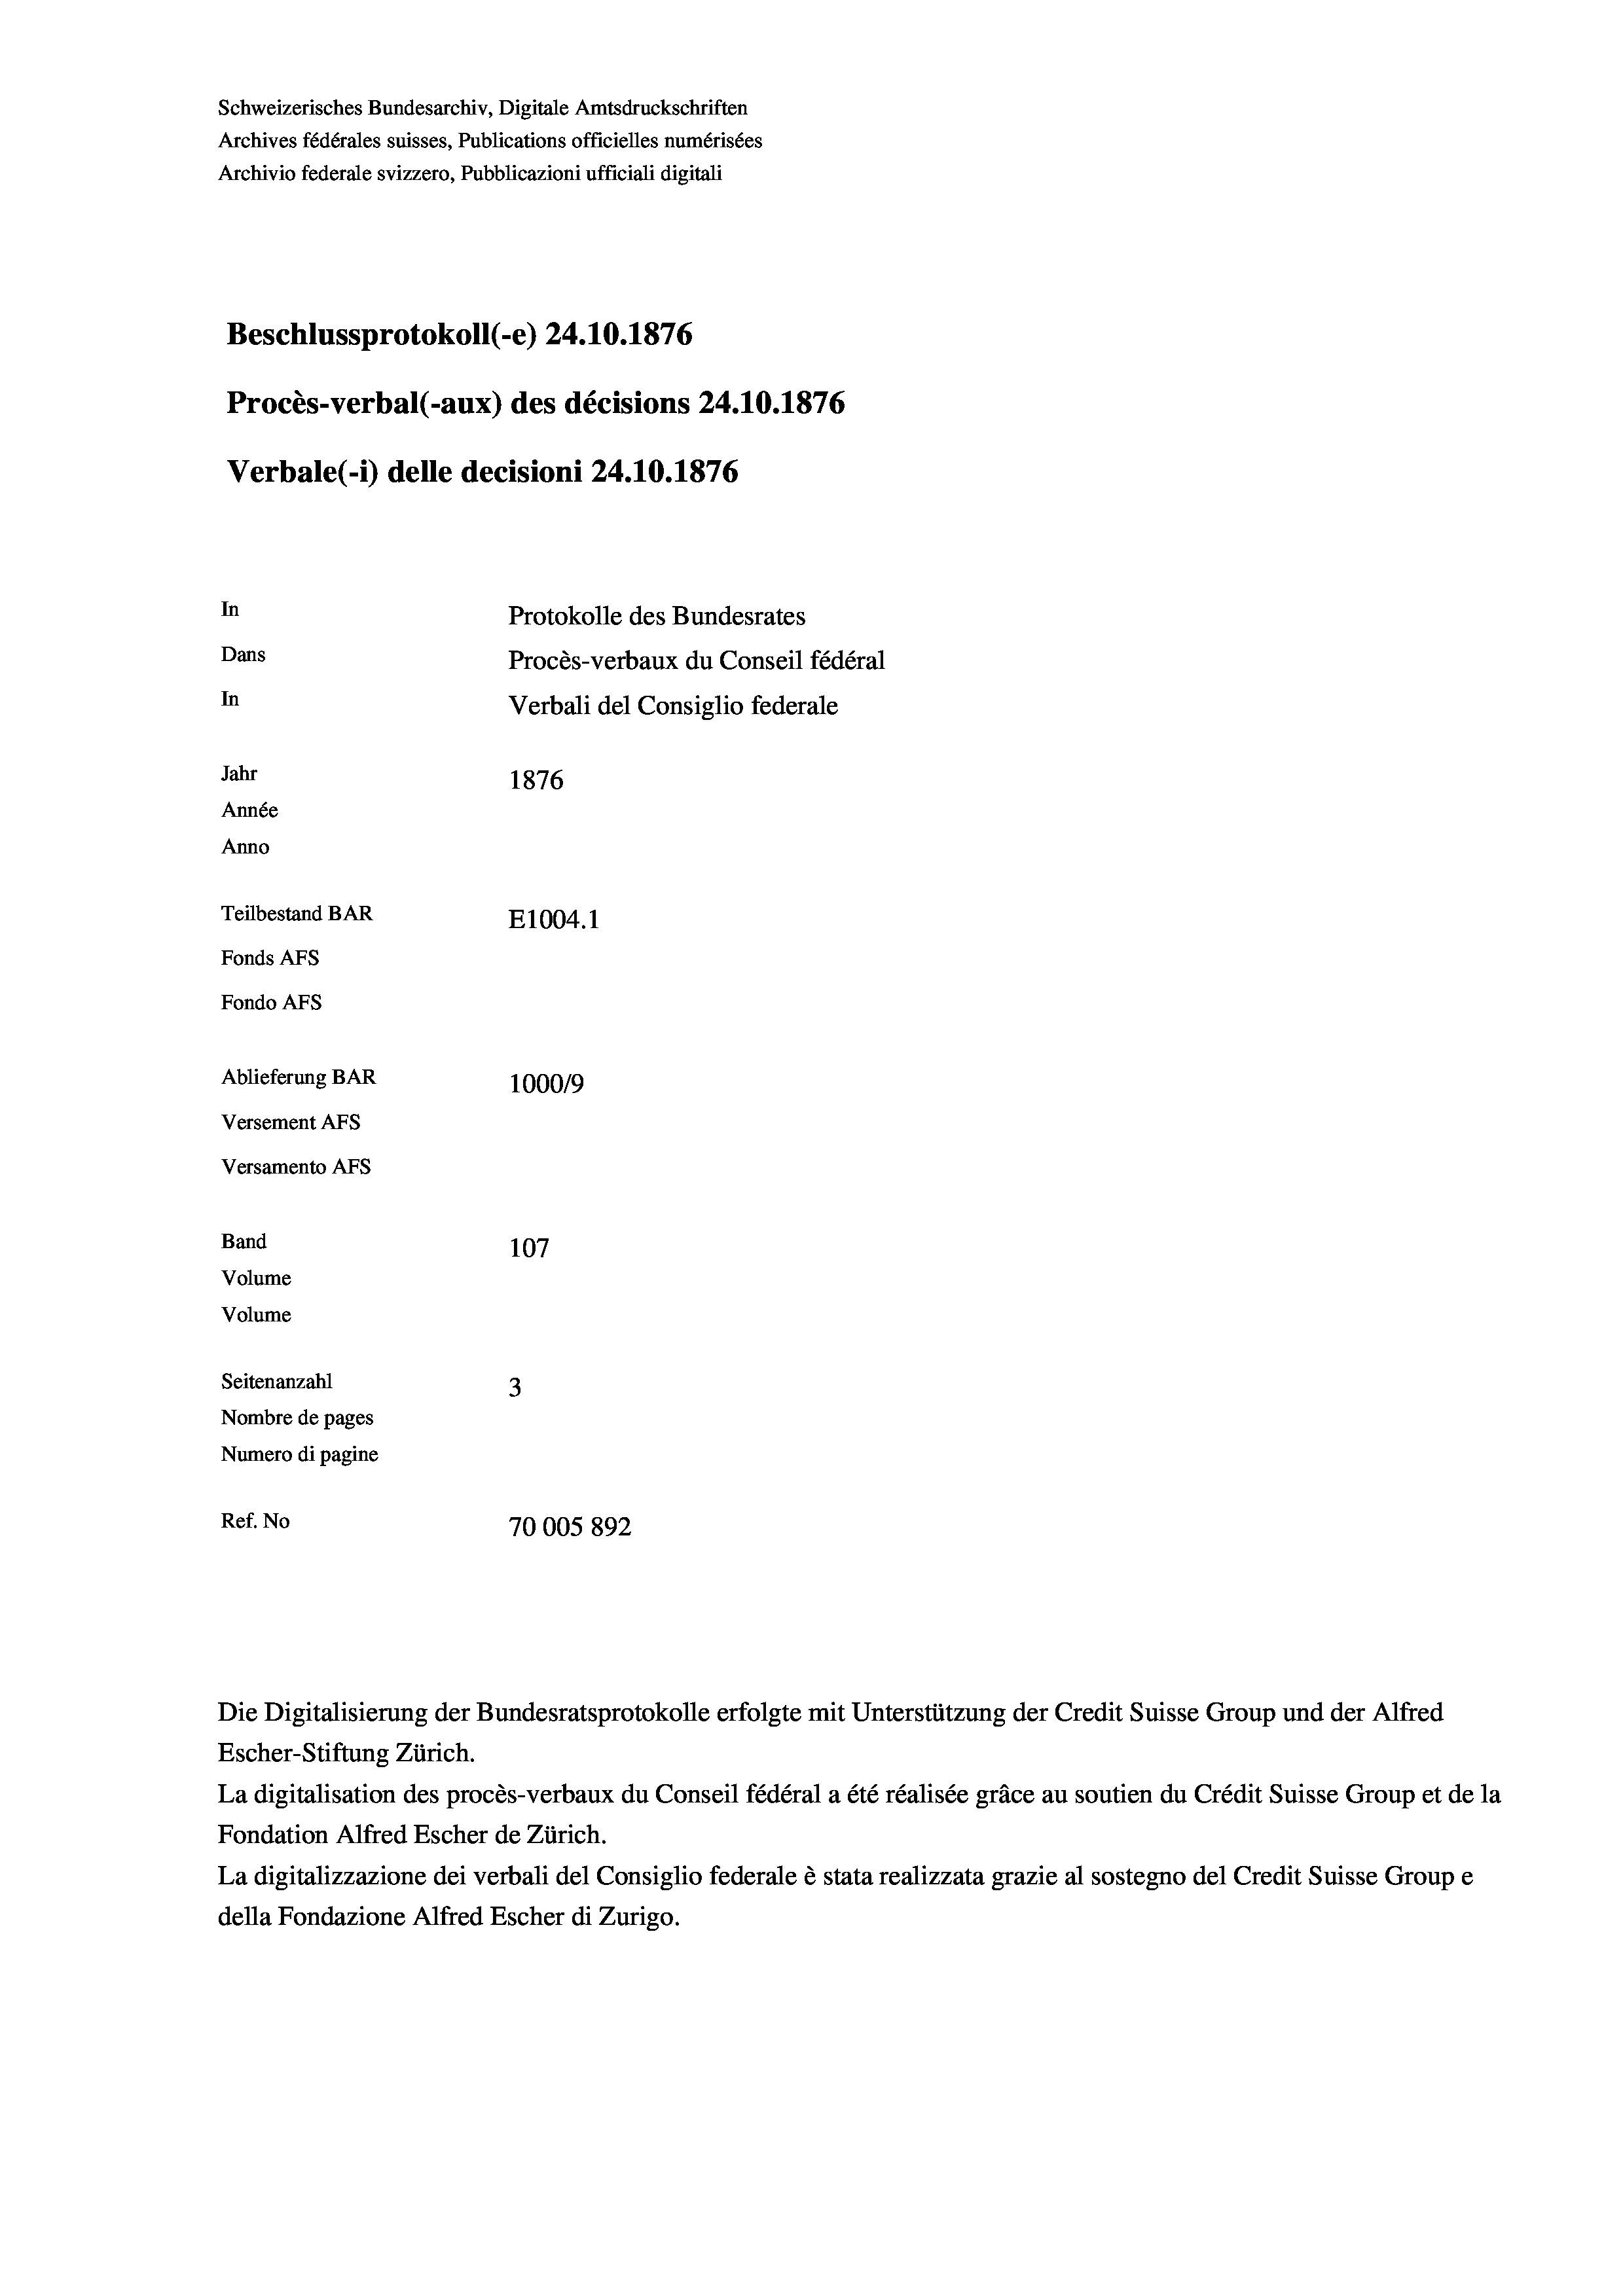
Schweizerisches Bundesarchiv, Digitale Amtsdruckschriften
Archives fédérales suisses, Publications officielles numérisées
Archivio federale svizzero, Pubblicazioni ufficiali digitali
Beschlussprotokoll (-e) 24.10.1876
Procès-verbal (-aux) des décisions 24.10.1876
Verbale (i) delle decisioni 24.10.1876
In
Protokolle des Bundesrates
Dans
Procès-verbaux du Conseil fédéral
In
Verbali del Consiglio federale
Jahr
1876
Année
Anno
Teilbestand BAR
E1004. 1
Fonds AFs
Fondo AFS
Ablieferung BAR
100019
Versement Abs
Versamento Afs
Band
107
Volume
Volume
Seitenanzahl
3
Nombre de pages
Numero di pagine
Ref. No
70005 892

Escher-Stiftung Zürich.
La digitalisation des procès-verbaux du Conseil fédéral a été réalisée gräce au soutien du Crédit Suisse Group et de la
Fondation Alfred Escher de Zürich.
La digitalizzazione dei verbali del Consiglio federale è stata realizzata grazie al sostegno del Credit Suisse Groupe
della Fondazione Alfred Escher di Zurigo.

Die Digitalisierung der Bundesratsprotokolle erfolgte mit Unterstützung der Credit Suisse Group und der Alfred